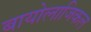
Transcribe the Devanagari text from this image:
बायोलाजिकल